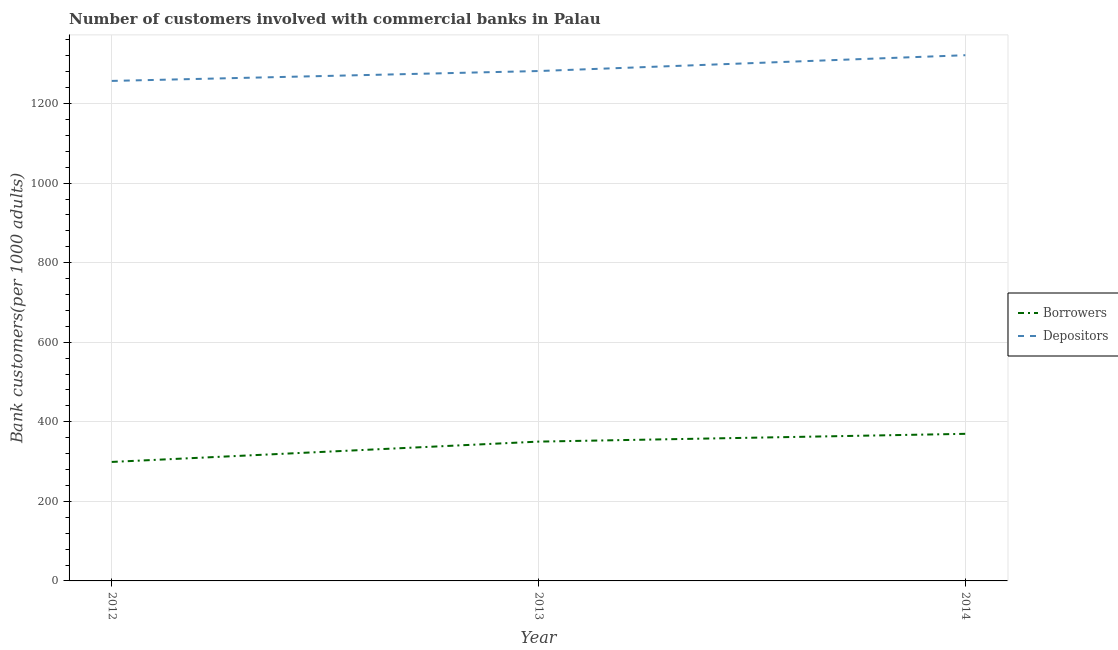
| Year | Borrowers | Depositors |
 | --- | --- | --- |
 | 2012 | 299 | 1.26e+03 |
 | 2013 | 350 | 1.28e+03 |
 | 2014 | 370 | 1.32e+03 |